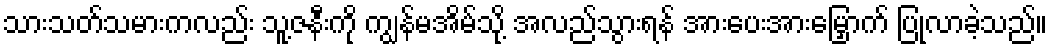
သားသတ်သမားကလည်း သူ့ဇနီးကို ကျွန်မအိမ်သို့ အလည်သွားရန် အားပေးအားမြှောက် ပြုလာခဲ့သည်။